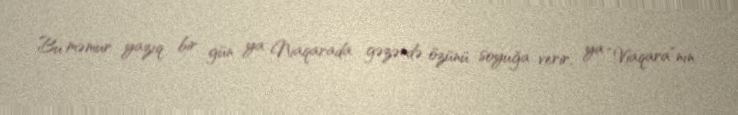
Bu məmur yazıq bir gün ya Niaqarada gəzəndə özünü soyuğa verir, ya “Viaqara”nın